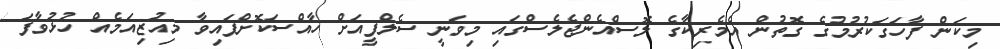
މިކަން ފާހަގަކުރުމުގެ ގޮތުން އެމެރިކާގެ ލޮސްއެންޖެލެސްގައި މިވަނީ ސެލްފީއަށް ހާއްސަކޮށްފައިވާ މިއުޒިއަމެއް ހުޅުވާފަ